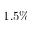
1 . 5 \%